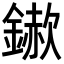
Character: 𮢵